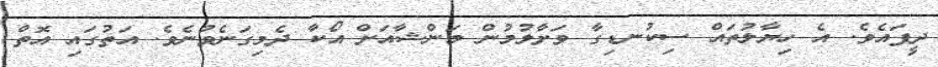
ދީފައެވެ. އެ ހިޔާލުތައް ސިކުނޑިގާ ވަށާލުމުން މަންޝާއަށް އޯކާ ދެމިގަނެވުނެވެ. އަތުގައި އޮތް